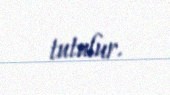
tutulur.